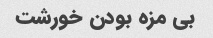
بی مزه بودن خورشت